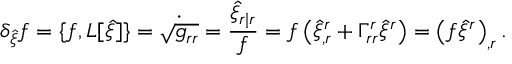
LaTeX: \delta _ { \hat { \xi } } f = \{ f , L [ \hat { \xi } ] \} = \dot { \sqrt { g _ { r r } } } = \frac { \hat { \xi } _ { r | r } } { f } = f \left( \hat { \xi } _ { , r } ^ { r } + \Gamma _ { r r } ^ { r } \hat { \xi } ^ { r } \right) = \left( f \hat { \xi } ^ { r } \right) _ { , r } .